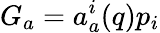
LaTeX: G_{a}=a_{a}^{i}(q)p_{i}